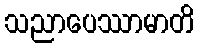
သညာပေဿာမာတိ